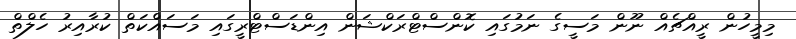
މިމީހުން ރީއްޗެއް ނޫން މަސީގެ ނަމުގައި ކޮންސްޓްރަކްޝަން އިންޑަސްޓްރީގައި މަސައްކަތް ކުރާއިރު ހެލްތް